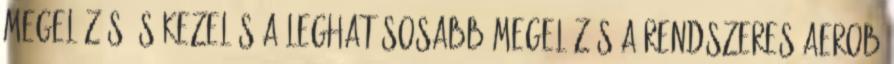
megelőzés és kezelés A leghatásosabb megelőzés a rendszeres aerob